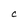
Character: C